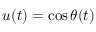
u ( t ) = \cos \theta ( t )